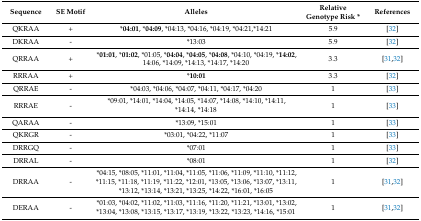
<table><thead><tr><td><b>Sequence</b></td><td><b>SE Motif</b></td><td><b>Alleles</b></td><td><b>Relative Genotype Risk *</b></td><td><b>References</b></td></tr></thead><tbody><tr><td>QKRAA</td><td>+</td><td>*<b>04:01</b>, *<b>04:09</b>, *04:13, *04:16, *04:19, *04:21,*14:21</td><td>5.9</td><td>[32]</td></tr><tr><td>DKRAA</td><td>-</td><td>*13:03 </td><td>5.9</td><td>[32]</td></tr><tr><td>QRRAA</td><td>+</td><td>*<b>01:01</b>, *<b>01:02</b>, *01:05, *<b>04:04</b>, *<b>04:05</b>, *<b>04:08</b>, *04:10, *04:19, *<b>14:02</b>, 14:06, *14:09, *14:13, *14:17, *14:20</td><td>3.3</td><td>[31,32]</td></tr><tr><td>RRRAA</td><td>+</td><td>*<b>10:01</b></td><td>3.3</td><td>[32]</td></tr><tr><td>QRRAE</td><td>-</td><td>*04:03, *04:06, *04:07, *04:11, *04:17, *04:20</td><td>1</td><td>[33]</td></tr><tr><td>RRRAE</td><td>-</td><td>*09:01, *14:01, *14:04, *14:05, *14:07, *14:08, *14:10, *14:11, *14:14, *14:18</td><td>1</td><td>[33]</td></tr><tr><td>QARAA</td><td>-</td><td>*13:09, *15:01</td><td>1</td><td>[33]</td></tr><tr><td>QKRGR</td><td>-</td><td>*03:01, *04:22, *11:07</td><td>1</td><td>[33]</td></tr><tr><td>DRRGQ</td><td>-</td><td>*07:01</td><td>1</td><td>[33]</td></tr><tr><td>DRRAL</td><td>-</td><td>*08:01</td><td>1</td><td>[32]</td></tr><tr><td>DRRAA</td><td>-</td><td>*04:15, *08:05, *11:01, *11:04, *11:05, *11:06, *11:09, *11:10, *11:12, *11:15, *11:18, *11:19, *11:22, *12:01, *13:05, *13:06, *13:07, *13:11, *13:12, *13:14, *13:21, *13:25, *14:22, *16:01, *16:05</td><td>1</td><td>[31,32]</td></tr><tr><td>DERAA</td><td>-</td><td>*01:03, *04:02, *11:02, *11:03, *11:16, *11:20, *11:21, *13:01, *13:02, *13:04, *13:08, *13:15, *13:17, *13:19, *13:22, *13:23, *14:16, *15:01</td><td>1</td><td>[31,32]</td></tr></tbody></table>